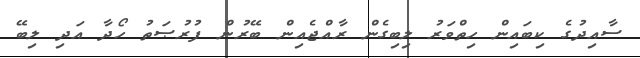
ސާއިދުގެ ކިބައިން ހިތްވަރު ލިބިގެން ރާއްޖެއިން ބޭރުން ފުރުޞަތު ހޯދާ އަދި ލިބޭ